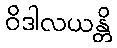
ဝိဒါလယန္တိ